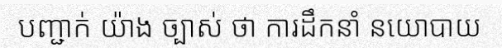
បញ្ជាក់ យ៉ាង ច្បាស់ ថា ការដឹកនាំ នយោបាយ